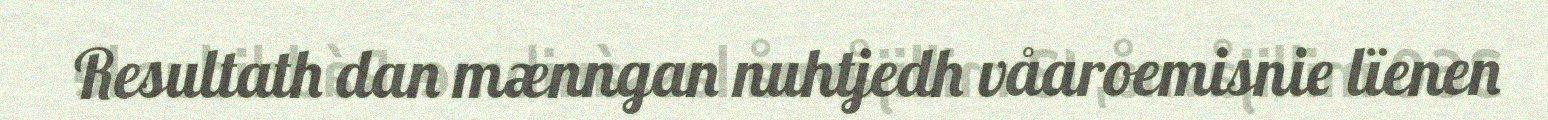
Resultath dan mænngan nuhtjedh våaroemisnie lïenen